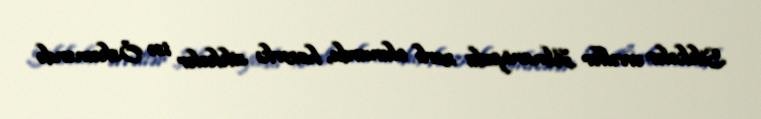
Sikkələr əvvəllər Almaniyada zərb olunurdu, hazırkı sikkələr isə Öskəməndə